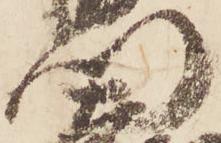
門